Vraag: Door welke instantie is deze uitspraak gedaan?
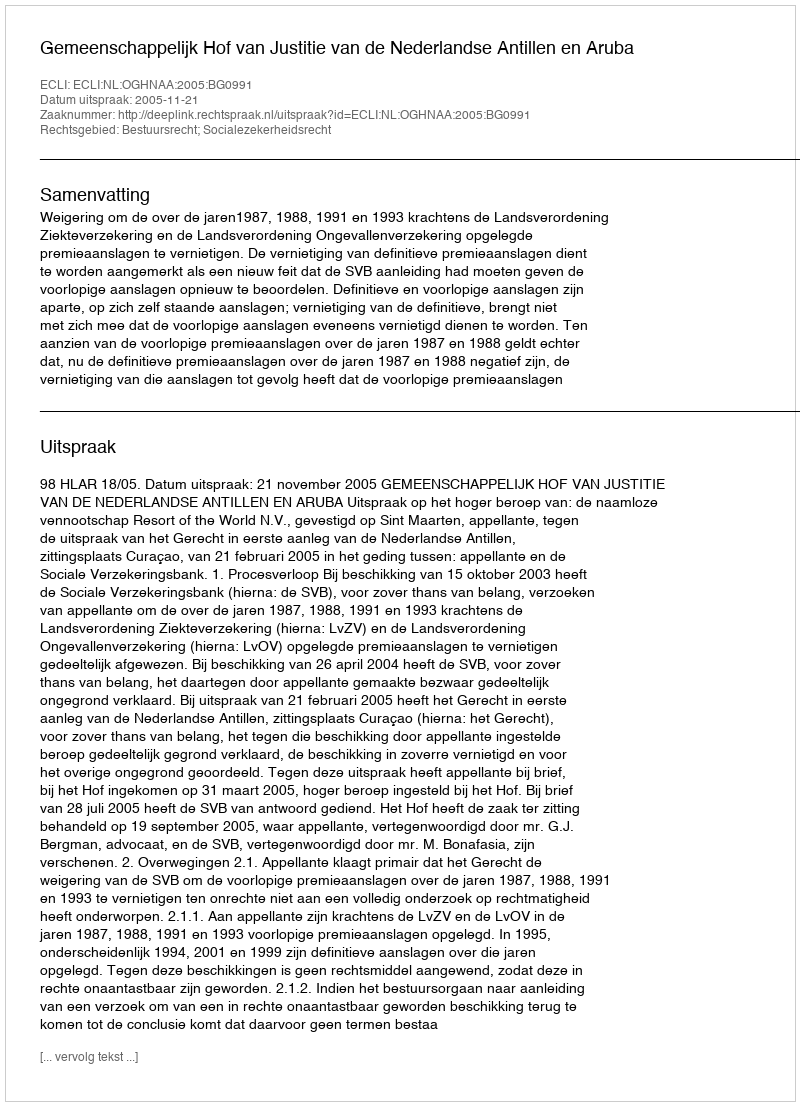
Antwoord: Gemeenschappelijk Hof van Justitie van de Nederlandse Antillen en Aruba